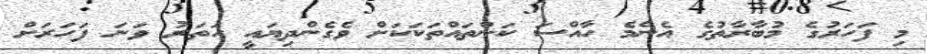
މި ފަހަރުގެ މުބާރާތުގެ އެންމެ ހާއްސަ ކަންތައްތަކަކަށް ވެގެންދިޔައީ ހަތަރު ވަނަ ފަހަރަށް